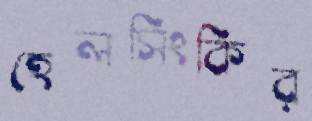
হেলসিংকির